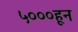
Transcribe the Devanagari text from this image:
५०००हून